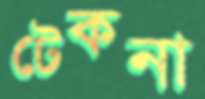
টেকনা